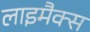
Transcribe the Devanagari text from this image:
लाइमैक्स